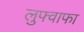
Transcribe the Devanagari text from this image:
लुफ्वाफा